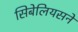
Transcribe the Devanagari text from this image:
सिबेलियसने